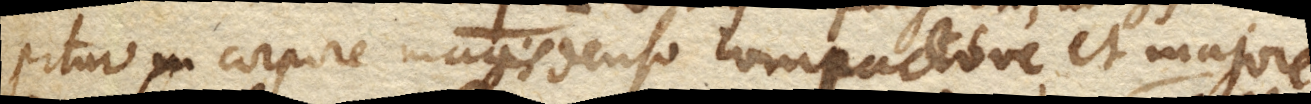
pitur in corpore magis denso compactove, et majore.